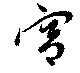
宮